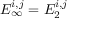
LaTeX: E _ { \infty } ^ { i , j } = E _ { 2 } ^ { i , j }